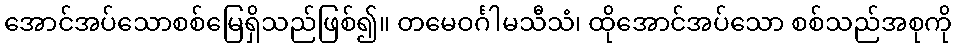
အောင်အပ်သောစစ်မြေရှိသည်ဖြစ်၍။ တမေဝင်္ဂါမသီသံ၊ ထိုအောင်အပ်သော စစ်သည်အစုကို